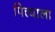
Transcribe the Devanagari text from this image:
पित्त्याला